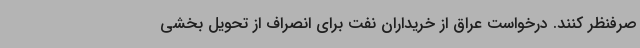
صرفنظر کنند. درخواست عراق از خریداران نفت برای انصراف از تحویل بخشی